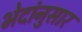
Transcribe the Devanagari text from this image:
भेदांनुसार